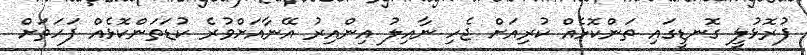
ފުރޮޅުލީ ގޮނޑީގައި ތަންކޮޅެއް ކުރިއަށް ޖެހި ނާއިލު އިންއިރު އޭނާއަށްވުރެ ކުޑަތަންކޮޅެއް ފަހަތަށް